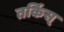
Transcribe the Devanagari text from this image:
तर्किस्